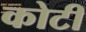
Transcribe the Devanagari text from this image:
कोटीं